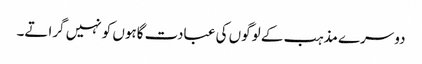
دوسرے مذہب کے لوگوں کی عبادت گاہوں کو نہیں گراتے۔